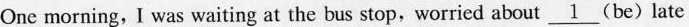
One morning, I was waiting at the bus stop, worried about \underline{1} (be)late